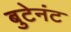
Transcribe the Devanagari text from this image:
बुटेनंट